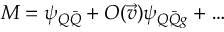
M = \psi _ { Q \bar { Q } } + O ( \vec { v } ) \psi _ { Q \bar { Q } g } + \ldots